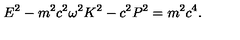
E ^ { 2 } - m ^ { 2 } c ^ { 2 } \omega ^ { 2 } K ^ { 2 } - c ^ { 2 } P ^ { 2 } = m ^ { 2 } c ^ { 4 } .